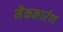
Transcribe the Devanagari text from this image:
मैककार्रण